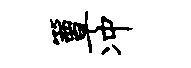
簟冲